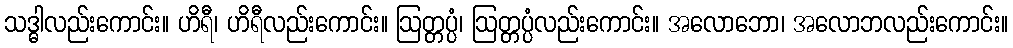
သဒ္ဓါလည်းကောင်း။ ဟိရီ၊ ဟိရီလည်းကောင်း။ ဩတ္တပ္ပံ၊ ဩတ္တပ္ပံလည်းကောင်း။ အလောဘော၊ အလောဘလည်းကောင်း။